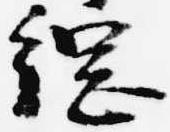
綱